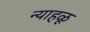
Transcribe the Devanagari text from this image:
न्याहळू